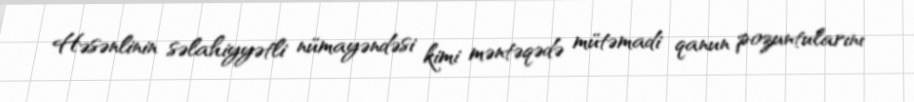
Həsənlinin səlahiyyətli nümayəndəsi kimi məntəqədə mütəmadi qanun pozuntularını